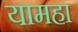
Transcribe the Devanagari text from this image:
यामहा